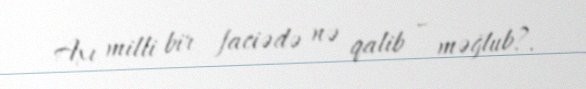
Axı milli bir faciədə nə qalib – məğlub?.